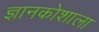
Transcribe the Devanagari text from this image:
ज्ञानकोशाला